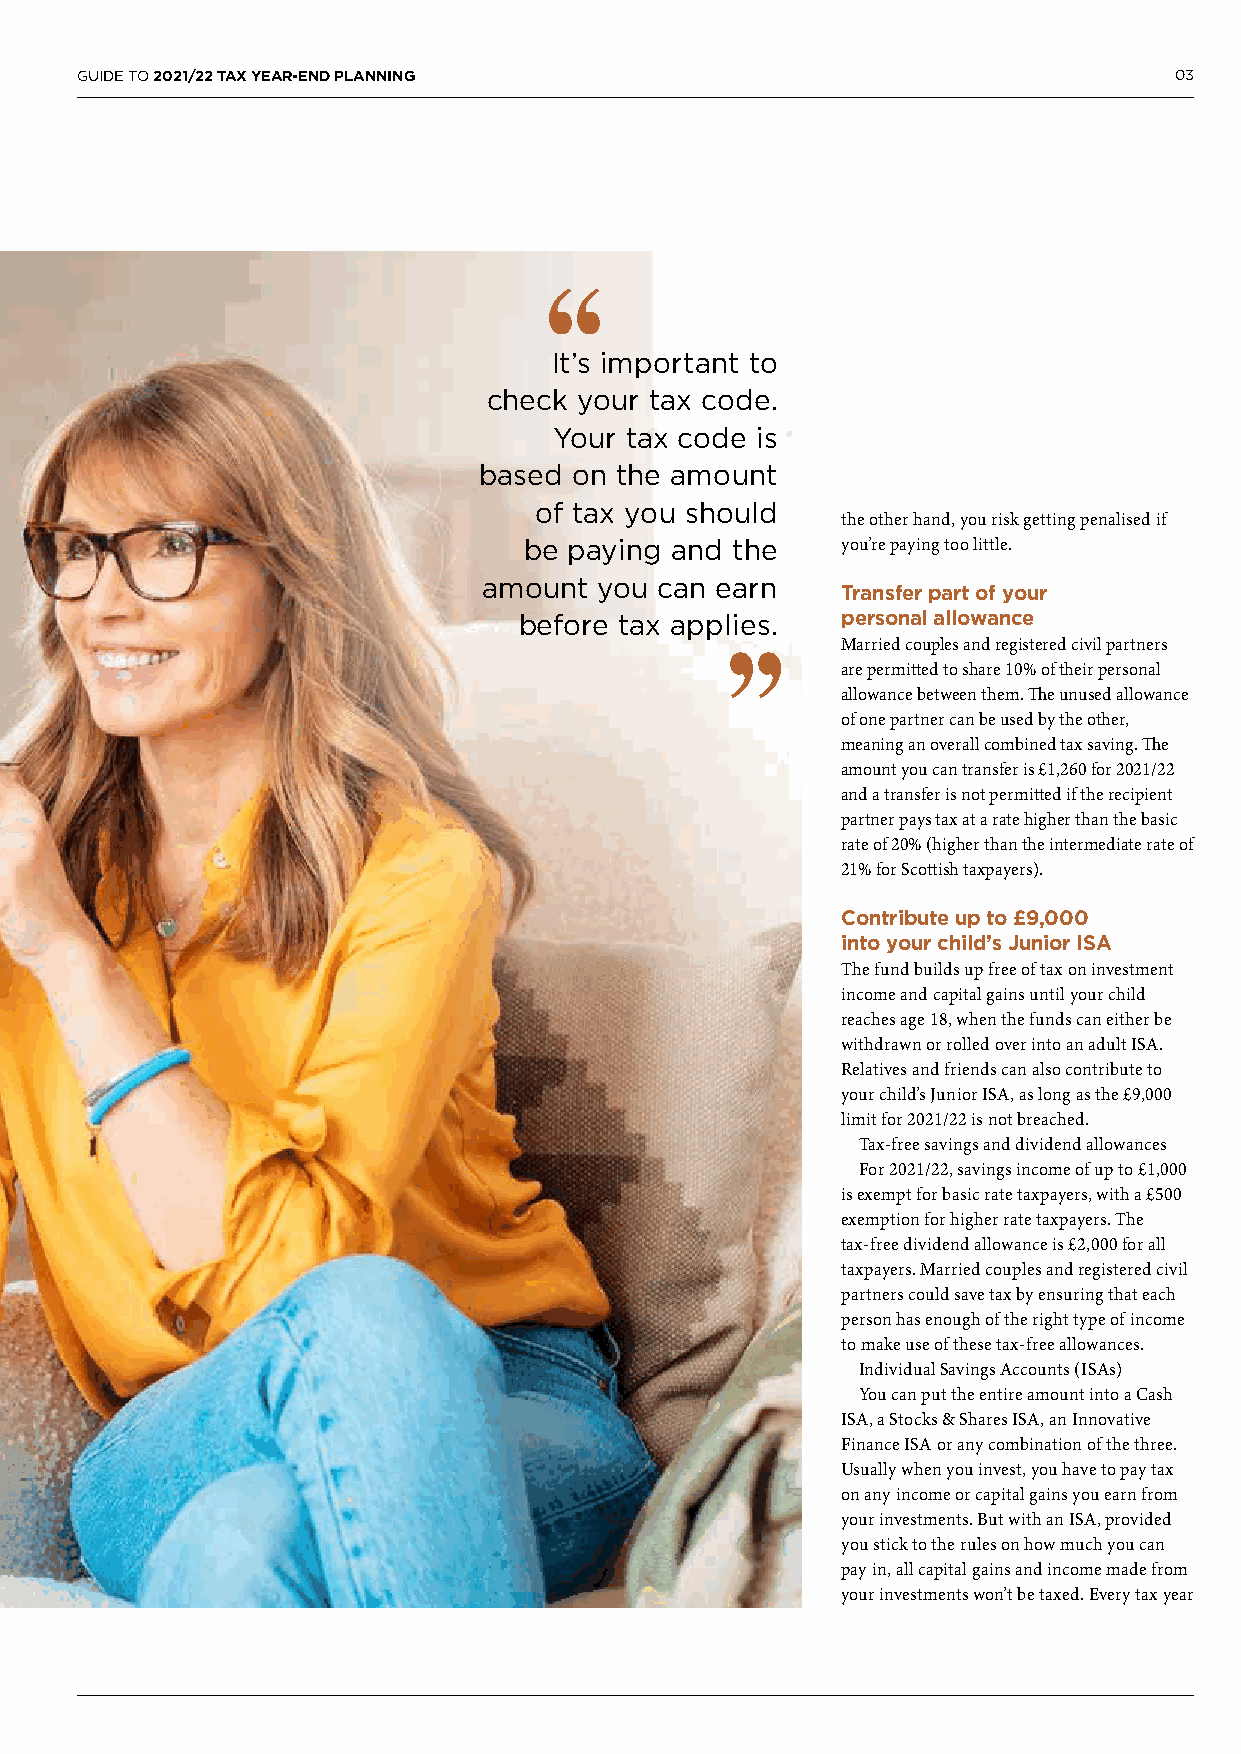
GUIDE TO 2021/22 TAX YEAR-END PLANNING                                   03
 It’s important to
 check your tax code.
 Your tax code is
 based on the amount
 of tax you should
 the other hand, you risk getting penalised if
 be paying and the    you’re paying too little.
 amount  you can earn
 Transfer part of your
 before tax applies.   personal allowance
 Married couples and registered civil partners
 are permitted to share 10% of their personal
 allowance between them. The unused allowance
 of one partner can be used by the other,
 meaning an overall combined tax saving. The
 amount you can transfer is £1,260 for 2021/22
 and a transfer is not permitted if the recipient
 partner pays tax at a rate higher than the basic
 rate of 20% (higher than the intermediate rate of
 21% for Scottish taxpayers).
 Contribute up to £9,000
 into your child’s Junior ISA
 The fund builds up free of tax on investment
 income and capital gains until your child
 reaches age 18, when the funds can either be
 withdrawn or rolled over into an adult ISA.
 Relatives and friends can also contribute to
 your child’s Junior ISA, as long as the £9,000
 limit for 2021/22 is not breached.
 Tax-free savings and dividend allowances
 For 2021/22, savings income of up to £1,000
 is exempt for basic rate taxpayers, with a £500
 exemption for higher rate taxpayers. The
 tax-free dividend allowance is £2,000 for all
 taxpayers. Married couples and registered civil
 partners could save tax by ensuring that each
 person has enough of the right type of income
 to make use of these tax-free allowances.
 Individual Savings Accounts (ISAs)
 You can put the entire amount into a Cash
 ISA, a Stocks & Shares ISA, an Innovative
 Finance ISA or any combination of the three.
 Usually when you invest, you have to pay tax
 on any income or capital gains you earn from
 your investments. But with an ISA, provided
 you stick to the rules on how much you can
 pay in, all capital gains and income made from
 your investments won’t be taxed. Every tax year